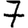
Digit: 7